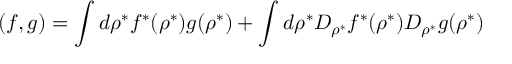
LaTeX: ( f , g ) = \int d \rho ^ { * } f ^ { * } ( \rho ^ { * } ) g ( \rho ^ { * } ) + \int d \rho ^ { * } D _ { \rho ^ { * } } f ^ { * } ( \rho ^ { * } ) D _ { \rho ^ { * } } g ( \rho ^ { * } )